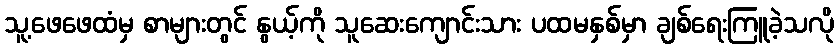
သူ့ဖေဖေထံမှ စာများတွင် နွယ့်ကို သူဆေးကျောင်းသား ပထမနှစ်မှာ ချစ်ရေးကြူခဲ့သလို